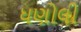
ધણોલી